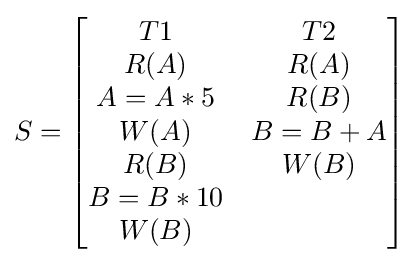
S={\begin{bmatrix}T1&T2\\R(A)&R(A)\\A=A*5&R(B)\\W(A)&B=B+A\\R(B)&W(B)\\B=B*10&\\W(B)&\\\end{bmatrix}}